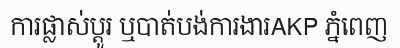
ការផ្លាស់ប្តូរ ឬបាត់បង់ការងារAKP ភ្នំពេញ